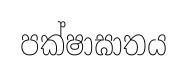
පක්ෂාඝාතය